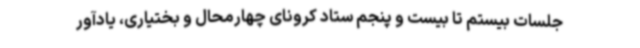
جلسات بیستم تا بیست و پنجم ستاد کرونای چهارمحال و بختیاری، یادآور